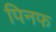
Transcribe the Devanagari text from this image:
पिनफ